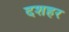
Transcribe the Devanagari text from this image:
दशहर